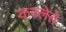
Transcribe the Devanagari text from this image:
करलेते